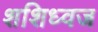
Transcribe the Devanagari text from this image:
शशिध्वज